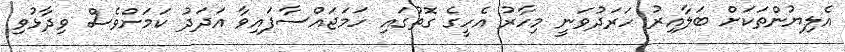
އެލިޔުންތަކަށް ބަލާއިރު ހަރަދުވަނީ މިހާރު އެހީގެ ގޮތުގައި ހަމަޖައްސާފައިވާ އަދަދު ކަމަށްވެސް ވިދާޅުވި